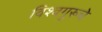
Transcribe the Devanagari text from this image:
विश्वगुरूचे